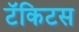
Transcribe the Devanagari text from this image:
टॅकिटस